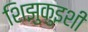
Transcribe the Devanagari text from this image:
शिझुकुइशी